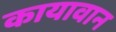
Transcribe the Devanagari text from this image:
कायावान